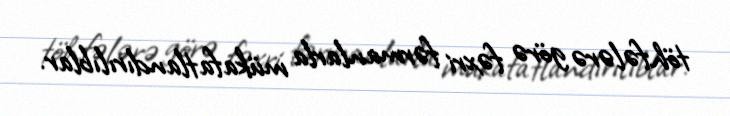
töhfələrə görə fəxri fərmanlarla mükafatlandırılıblar.